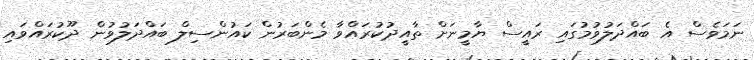
ނަމަވެސް އެ ބައްދަލުވުމުގައި ރައީސް ޔާމީނަށް ތާއީދުކުރައްވާ މެންބަރުން ކައުންސިލް ބައްދަލުވުން ދޫކުރައްވައި